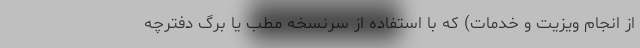
از انجام ویزیت و خدمات) که با استفاده از سرنسخه مطب یا برگ دفترچه